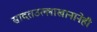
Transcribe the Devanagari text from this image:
सादतउल्लाखानानेही